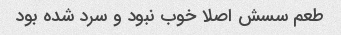
طعم سسش اصلا خوب نبود و سرد شده بود